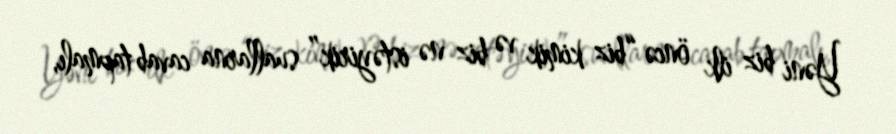
Yəni biz ilk öncə “biz kimik və biz nə istəyirik” suallarna cavab tapmalı,